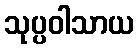
သုပ္ပဝါသာယ